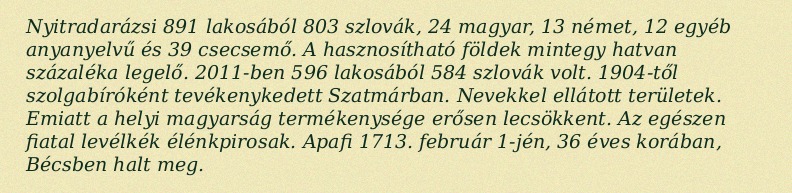
Nyitradarázsi 891 lakosából 803 szlovák, 24 magyar, 13 német, 12 egyéb anyanyelvű és 39 csecsemő. A hasznosítható földek mintegy hatvan százaléka legelő. 2011-ben 596 lakosából 584 szlovák volt. 1904-től szolgabíróként tevékenykedett Szatmárban. Nevekkel ellátott területek. Emiatt a helyi magyarság termékenysége erősen lecsökkent. Az egészen fiatal levélkék élénkpirosak. Apafi 1713. február 1-jén, 36 éves korában, Bécsben halt meg.